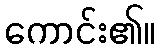
ကောင်း၏။